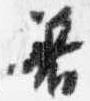
着